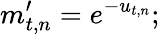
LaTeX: m_{t,n}^{\prime}=e^{-u_{t,n}};